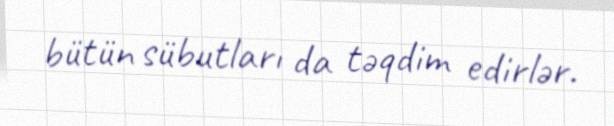
bütün sübutları da təqdim edirlər.